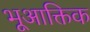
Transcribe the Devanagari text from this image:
भूआक्तिक